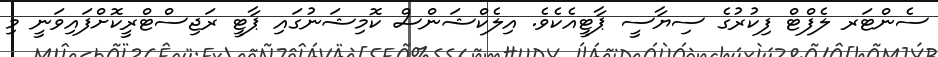
ސެންޓަރ ލެފްޓް ފިކުރުގެ ސިޔާސީ ޕާޓީއެކެވެ. އިލެކްޝަންސް ކޮމިޝަނުގައި ޕާޓީ ރަޖިސްޓްރީކޮށްފައިވަނީ މި